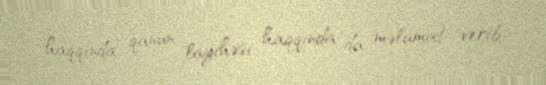
haqqında” qanun layihəsi haqqında da məlumat verib.